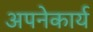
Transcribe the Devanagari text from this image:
अपनेकार्य